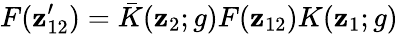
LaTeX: F(\mathbf{z}_{12}^{\prime})=\bar{{K}}(\mathbf{z}_{2};g)F(\mathbf{z}_{12})K(\mathbf{z}_{1};g)